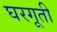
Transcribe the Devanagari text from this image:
घरगूती